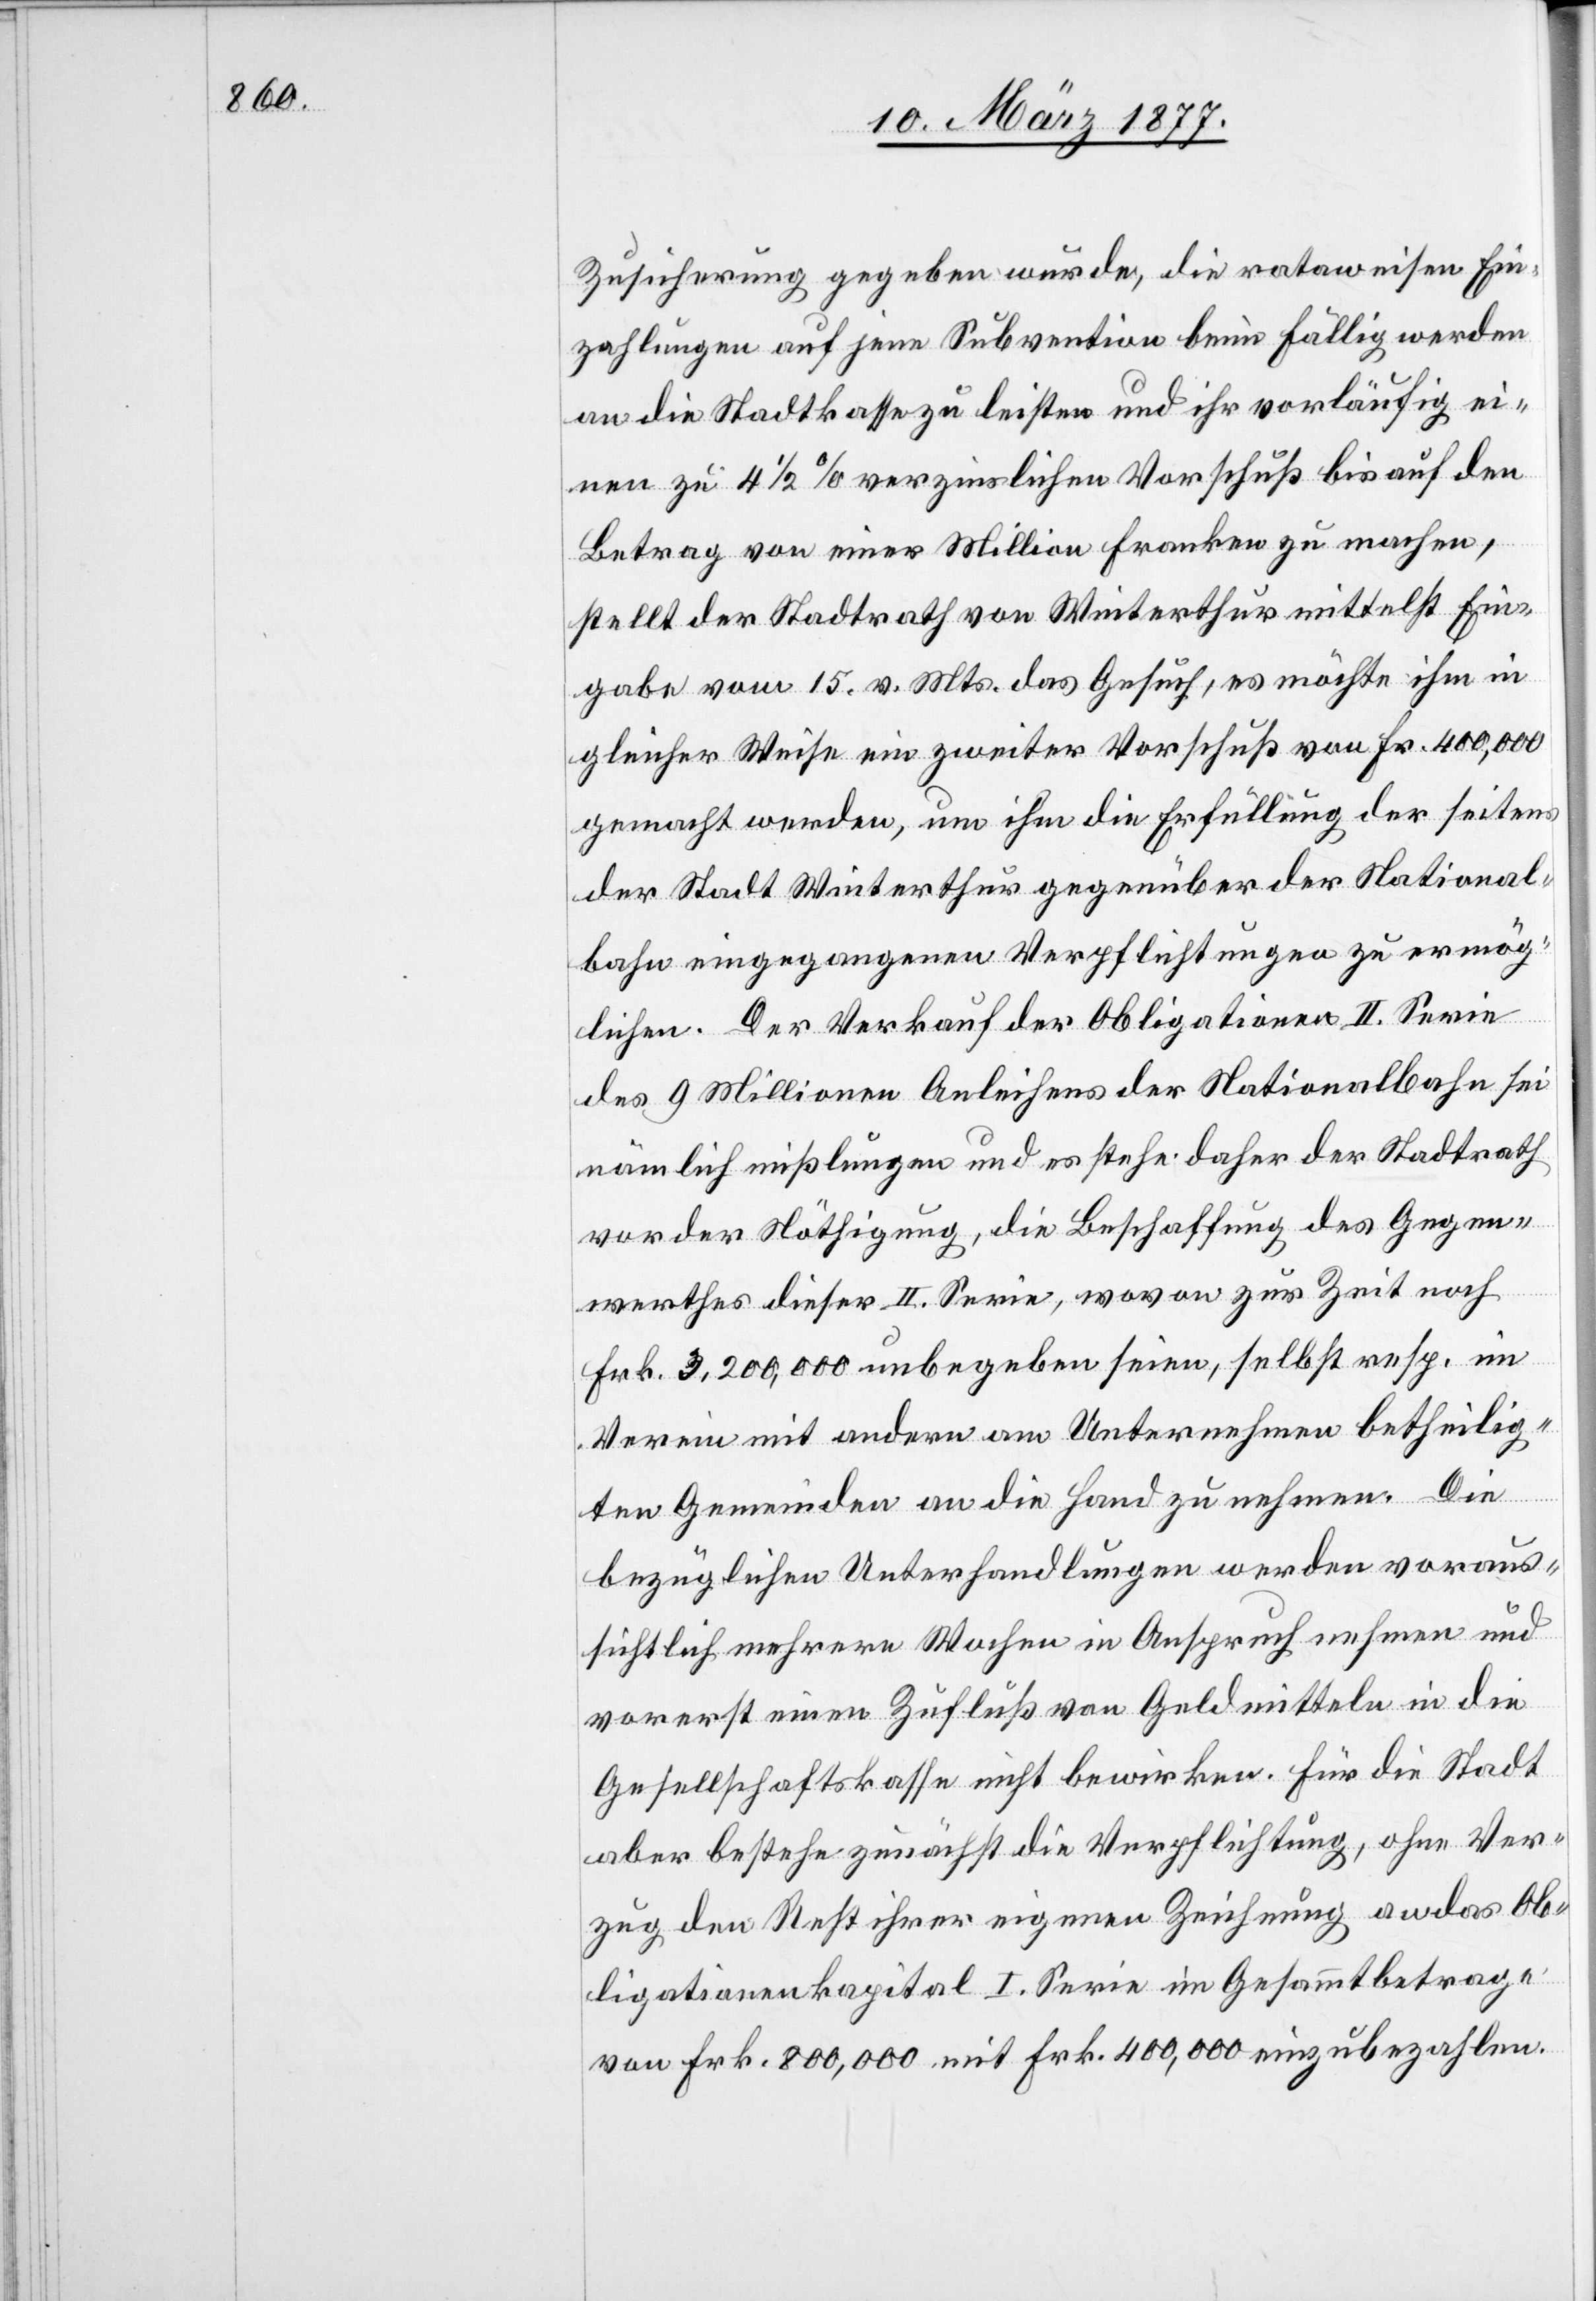
Zusicherung gegeben wurde, die rataweisen Ein¬
zahlungen auf jene Subvention beim Fälligwerden
an die Stadtkasse zu leisten und ihr vorläufig ei¬
nen zu 4 1/2% verzinslichen Vorschuß bis auf den
Betrag von einer Million Franken zu machen,
stellt der Stadtrath von Winterthur mittelst Ein¬
gabe vom 15. v. Mts. das Gesuch, es möchte ihm in
gleicher Weise ein zweiter Vorschuß von Fr. 400,000
gemacht werden, um ihm die Erfüllung der seitens
der Stadt Winterthur gegenüber der National¬
bahn eingegangenen Verpflichtungen zu ermög¬
lichen. Der Verkauf der Obligationen II. Serie
des 9 Millionen Anleihens der Nationalbahn sei
nämlich mißlungen und es stehe daher der Stadtrath
vor der Nöthigung, die Beschaffung des Gegen¬
werthes dieser II. Serie, wovon zur Zeit noch
Frk. 3,200,000 unbegeben seien, selbst resp. im
Verein mit andern am Unternehmen betheilig¬
ten Gemeinden an die Hand zu nehmen. Die
bezüglichen Unterhandlungen werden voraus¬
sichtlich mehrere Wochen in Anspruch nehmen und
vorerst einen Zufluß von Geldmitteln in die
Gesellschaftskasse nicht bewirken. Für die Stadt
aber bestehe zunächst die Verpflichtung, ohne Ver¬
zug den Rest ihrer eigenen Zeichnung an das Ob¬
ligationenkapital I. Serie im Gesammtbetrage
von Frk. 800,000 mit Frk. 400,000 einzubezahlen.